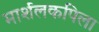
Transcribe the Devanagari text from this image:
मार्शलकपिला